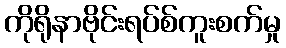
ကိုရိုနာဗိုင်းရပ်စ်ကူးစက်မှု